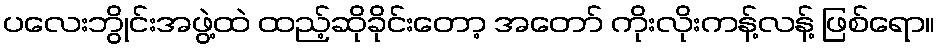
ပလေးဘွိုင်းအဖွဲ့ထဲ ထည့်ဆိုခိုင်းတော့ အတော် ကိုးလိုးကန့်လန့် ဖြစ်ရော။